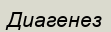
Диагенез